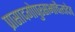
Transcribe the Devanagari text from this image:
प्रासादगोपुरसभाचैत्यदेव